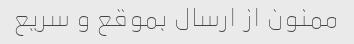
ممنون از ارسال بموقع و سریع